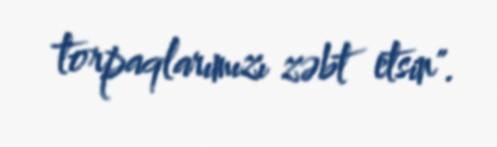
torpaqlarımızı zəbt etsin".